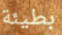
بطيئة